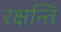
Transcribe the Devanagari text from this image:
रक्षन्ति